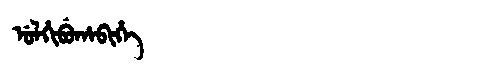
Manchu: ᡠᠯᡥᡳᠪᡠᡥᠠᠪᡳᡥᡝ
Romanization: ULHIBUHABIHE